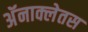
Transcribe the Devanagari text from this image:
अॅनाक्लेतस